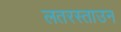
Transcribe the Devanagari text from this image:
लतरस्ताउन